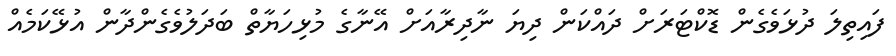
ފައިތިލަ ދުޅަވެގެން ޑޮކްޓަރަށް ދައްކަން ދިޔަ ނާދިރާއަށް އޭނާގެ މުޅިހަޔާތް ބަދަލުވެގެންދާން އުޅޭކަމެއް